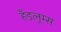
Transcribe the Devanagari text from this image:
हँडलूम्स